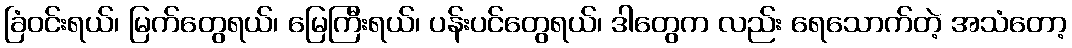
ခြံဝင်းရယ်၊ မြက်တွေရယ်၊ မြေကြီးရယ်၊ ပန်းပင်တွေရယ်၊ ဒါတွေက လည်း ရေသောက်တဲ့ အသံတော့